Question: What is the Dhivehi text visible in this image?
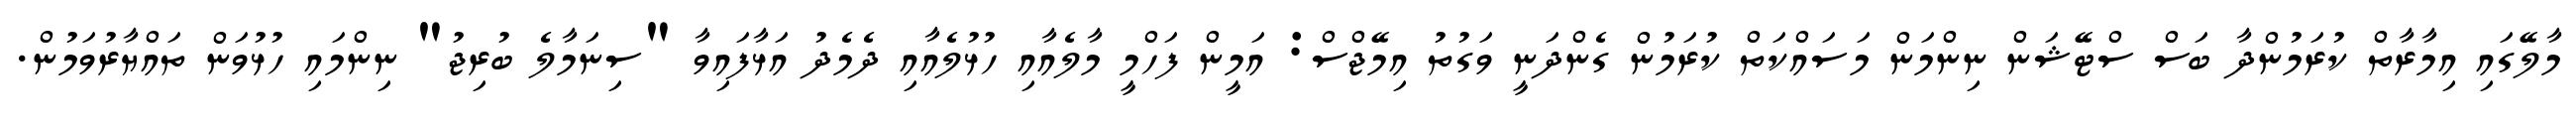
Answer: މާލޭގައި އިމާރާތް ކުރަމުންދާ ބަސް ސްޓޭޝަން ނިންމަން މަސައްކަތް ކުރަމުން ގެންދަނީ ވަގުތު އިމޭޖްސް: އަމީން ފަހްމީ މާލެއާއި ހުޅުލެއާއި ދެމެދު އަޅާފައިވާ "ސިނަމާލެ ބުރިޖު" ނިންމައި ހުޅުވަން ތައްޔާރުވަމުން.